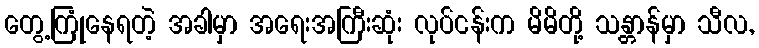
တွေ့ကြုံနေရတဲ့ အခါမှာ အရေးအကြီးဆုံး လုပ်ငန်းက မိမိတို့ သန္တာန်မှာ သီလ,